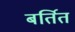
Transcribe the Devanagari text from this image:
बर्तित